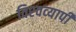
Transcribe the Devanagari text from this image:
विश्‍वव्‍यापी